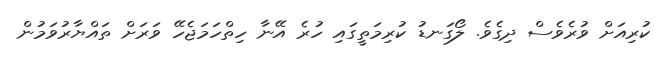
ކުރިއަށް ވުރެވެސް ދިގެވެ. ލޯގަނޑު ކުރިމަތީގައި ހުރެ އޭނާ ހިތްހަމަޖެހޭ ވަރަށް ތައްޔާރުވަމުން